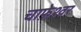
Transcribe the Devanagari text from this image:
चाफ़ेश्वर